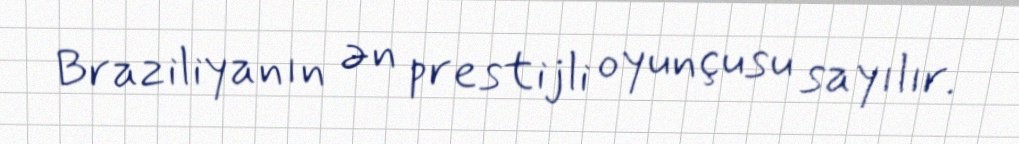
Braziliyanın ən prestijli oyunçusu sayılır.